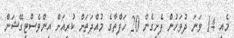
މެއި 14 ވަނަ ދުވަހުން ފެށިގެން 20 ހަފްތާގެ މުއްދަތަށް ކުރިއަށް އިންވެސްޓިގޭޝަން